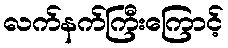
လက်နက်ကြီးကြောင့်